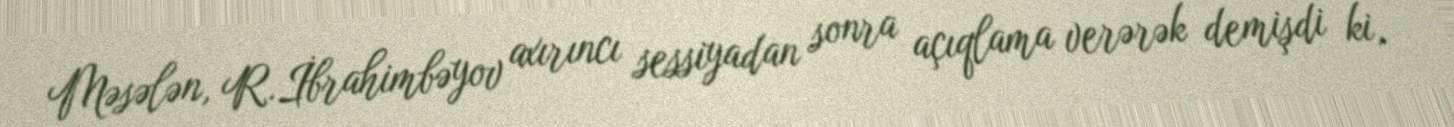
Məsələn, R.İbrahimbəyov axırıncı sessiyadan sonra açıqlama verərək demişdi ki,